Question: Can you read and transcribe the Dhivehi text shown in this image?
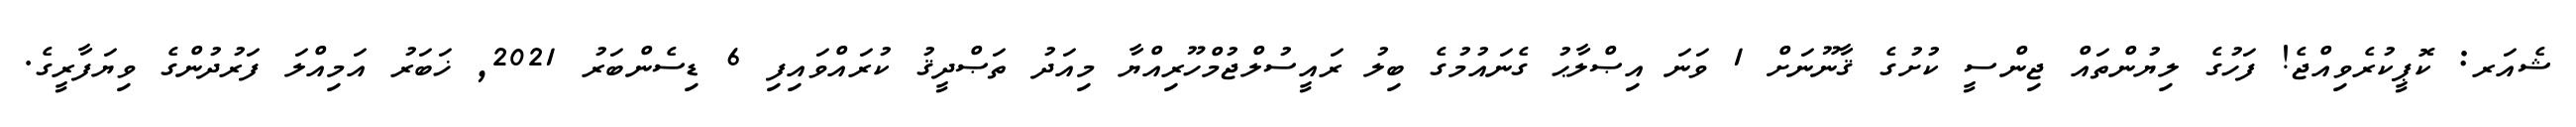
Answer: ޝެއަރ: ކޮޕީކުރެވިއްޖެ! ފަހުގެ ލިޔުންތައް ޖިންސީ ކުށުގެ ޤާނޫނަށް 1 ވަނަ އިޞްލާޙު ގެނައުމުގެ ބިލު ރައީސުލްޖުމްހޫރިއްޔާ މިއަދު ތަޞްދީޤު ކުރައްވައިފި 6 ޑިސެންބަރު 2021, ޚަބަރު އަމިއްލަ ފަރުދުންގެ ވިޔަފާރީގެ.